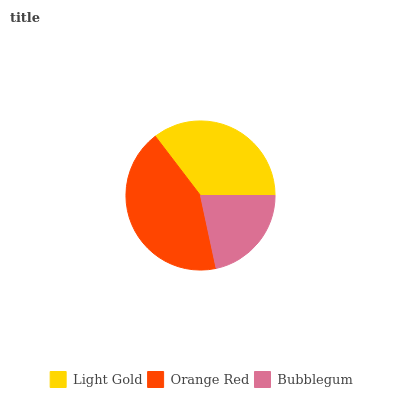
| Light Gold | Orange Red | Bubblegum |
 | --- | --- | --- |
 | 35.4% | 43% | 21.7% |